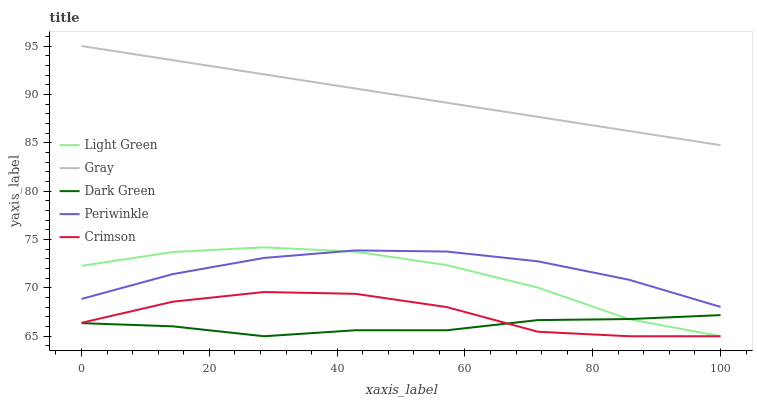
| xaxis_label | Light Green | Gray | Dark Green | Periwinkle | Crimson |
 | --- | --- | --- | --- | --- | --- |
 | 0 | 72.3 | 95 | 66.4 | 68.9 | 66.4 |
 | 14.3 | 73.7 | 93.5 | 66 | 71.4 | 68.6 |
 | 28.6 | 74.2 | 92.1 | 65 | 73.1 | 69.6 |
 | 42.9 | 73.7 | 90.6 | 65.6 | 73.9 | 69.4 |
 | 57.1 | 72.4 | 89.1 | 65.6 | 73.8 | 68 |
 | 71.4 | 70 | 87.7 | 66.7 | 72.7 | 65.5 |
 | 85.7 | 66.8 | 86.2 | 66.8 | 70.8 | 65 |
 | 100 | 65 | 84.7 | 67.2 | 68 | 65 |